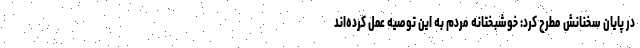
در پایان سخنانش مطرح کرد: خوشبختانه مردم به این توصیه عمل کرده‌اند